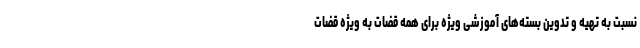
نسبت به تهیه و تدوین بسته‌های آموزشی ویژه برای همه قضات به ویژه قضات